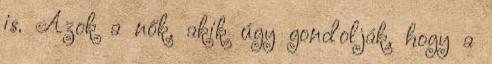
is. Azok a nők, akik úgy gondolják, hogy a